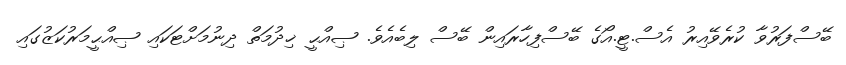
ބޭސްފަރުވާ ކުރެވޭއިރު އެސް.ޓީ.އޯގެ ބޭސްފިހާރައިން ބޭސް ލިބެއެވެ. ޞިއްޙީ ޚިދުމަތް ދިނުމަށްޓަކައި ޞިއްޙީމަރުކަޒުގައި